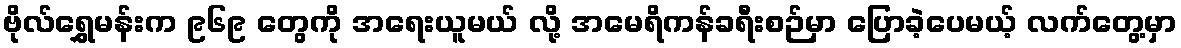
ဗိုလ်ရွှေမန်းက ၉၆၉ တွေကို အရေးယူမယ် လို့ အမေရိကန်ခရီးစဉ်မှာ ပြောခဲ့ပေမယ့် လက်တွေ့မှာ